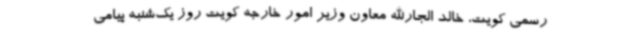
رسمی کویت، خالد الجارالله معاون وزیر امور خارجه کویت روز یک‌شنبه پیامی